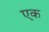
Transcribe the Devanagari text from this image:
एक